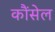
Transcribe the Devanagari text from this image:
कौंसेल